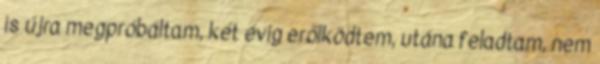
is újra megpróbáltam, két évig erőlködtem, utána feladtam, nem